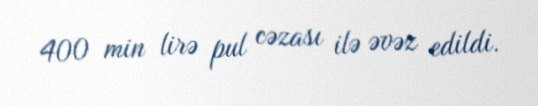
400 min lirə pul cəzası ilə əvəz edildi.